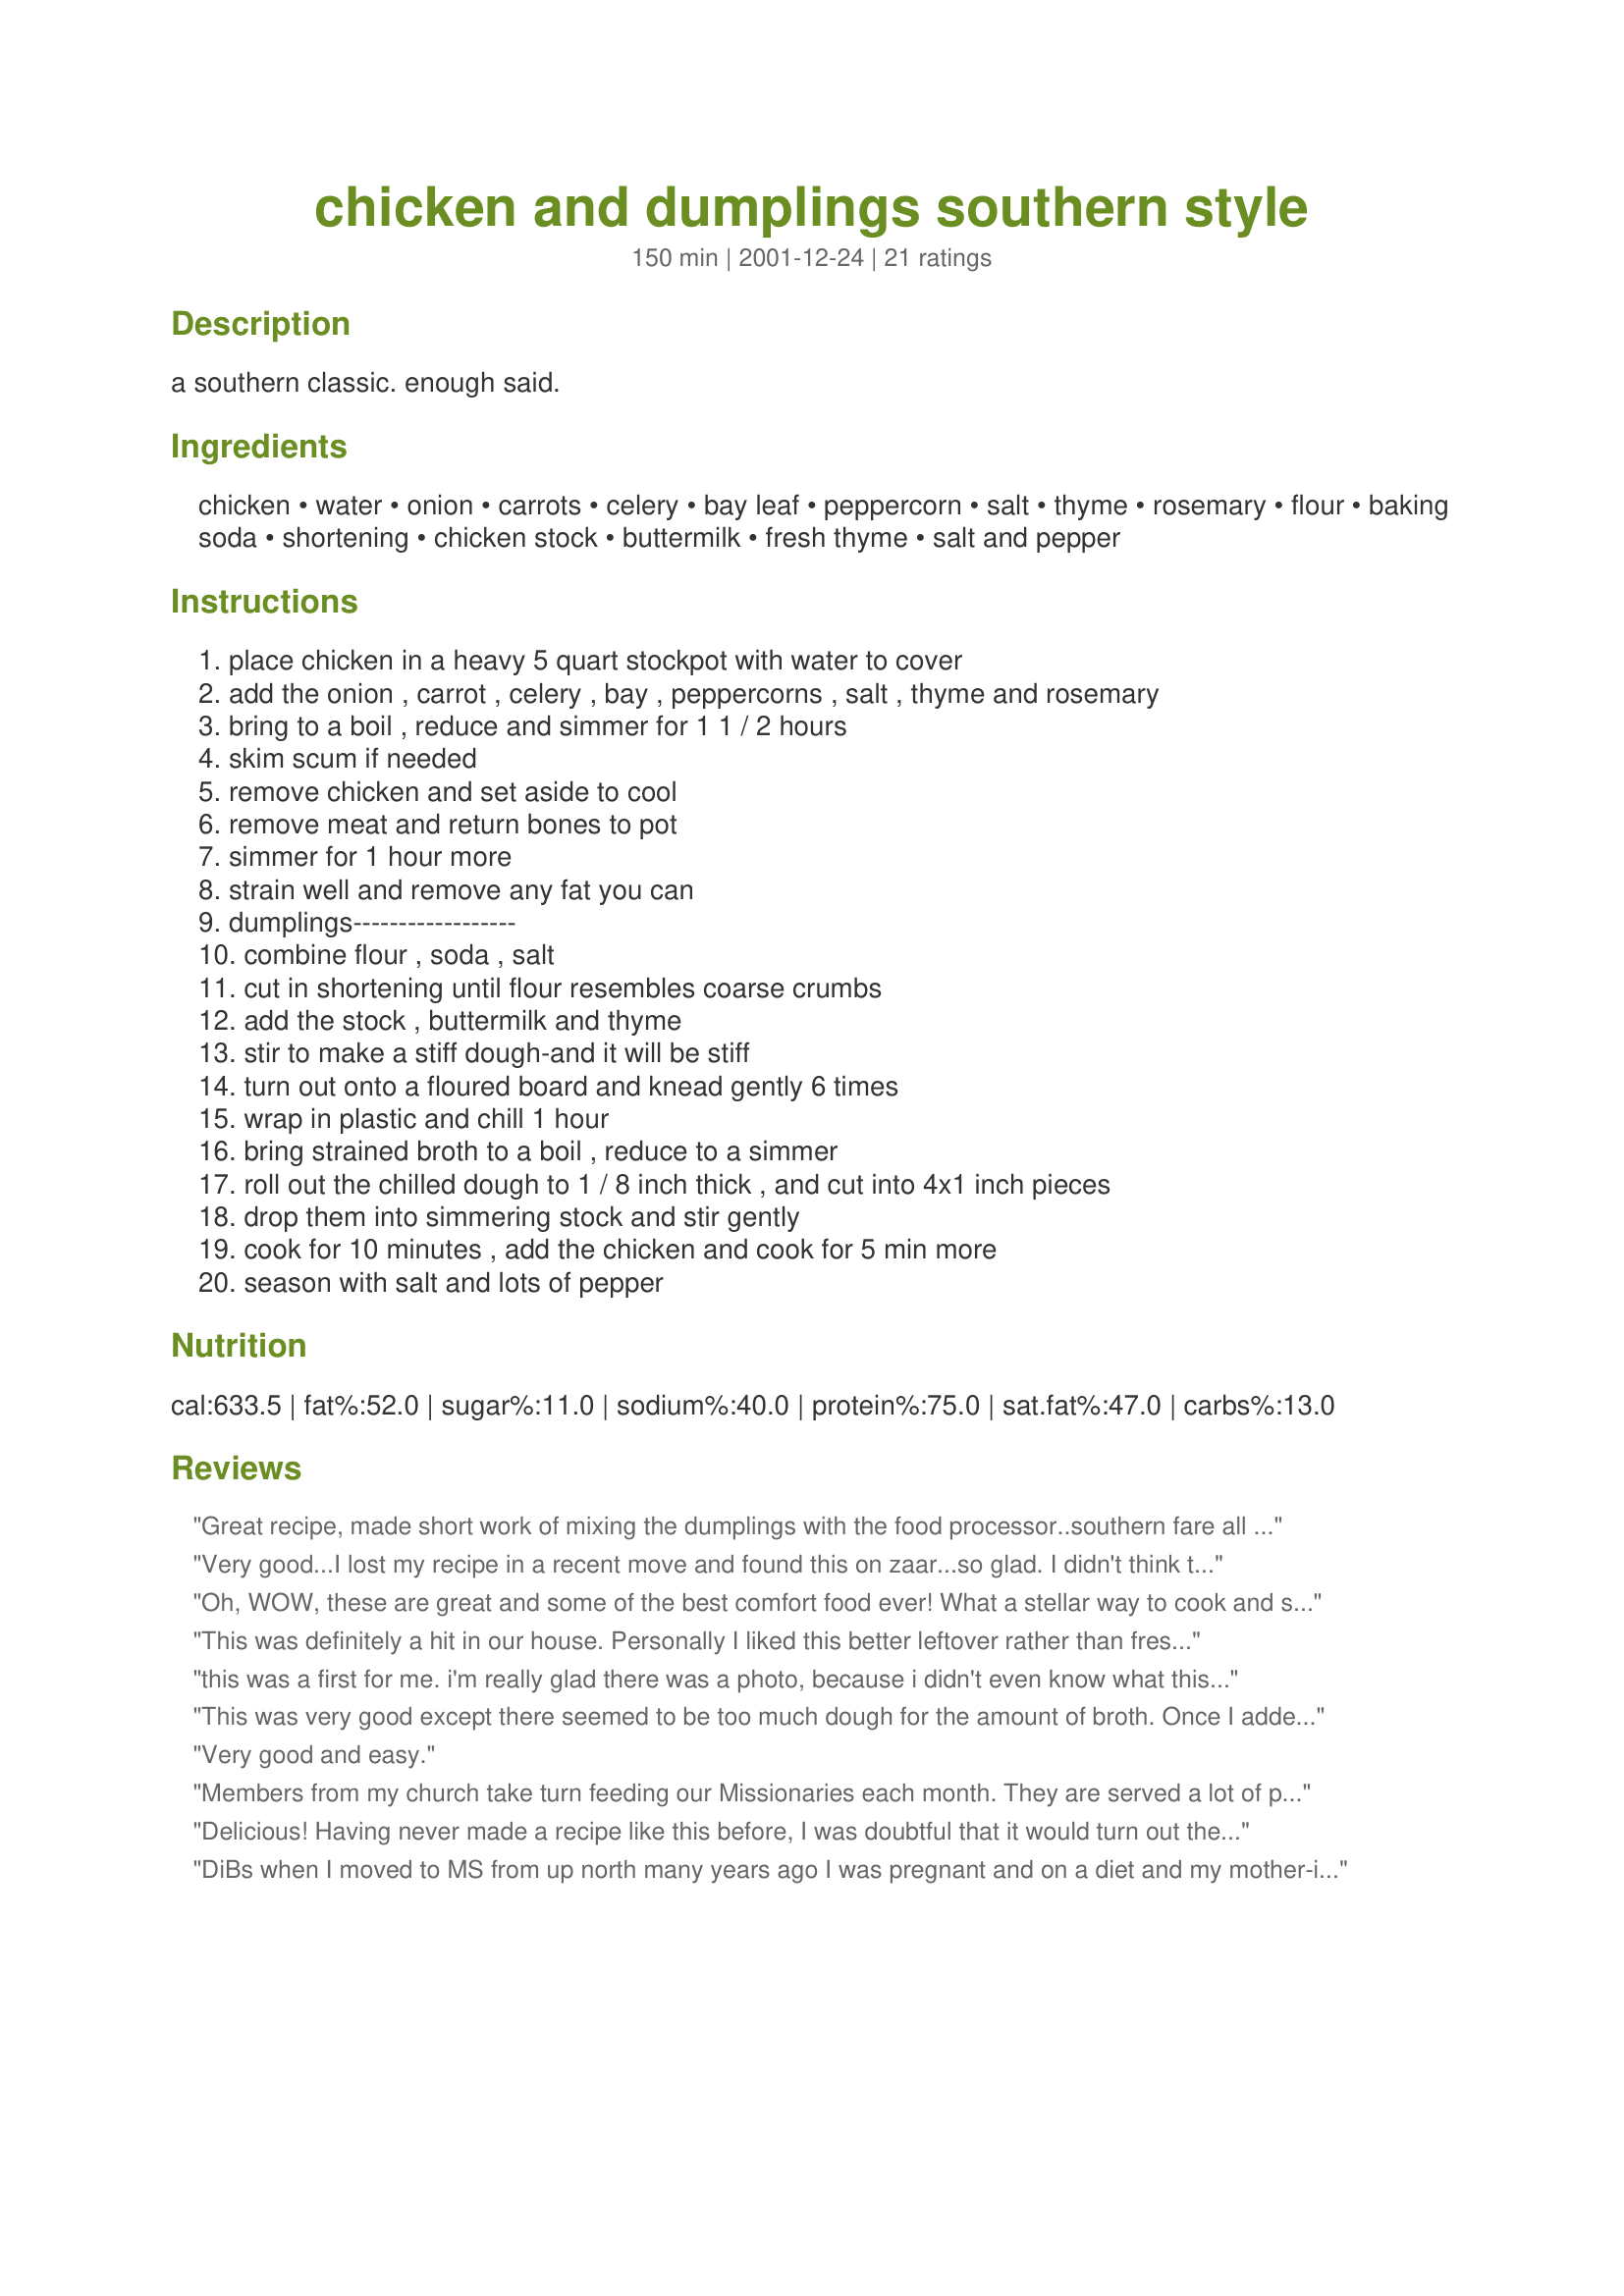
chicken and dumplings southern style
Preparation time: 150 minutes

a southern classic. enough said.

Ingredients:
chicken, water, onion, carrots, celery, bay leaf, peppercorn, salt, thyme, rosemary, flour, baking soda, shortening, chicken stock, buttermilk, fresh thyme, salt and pepper

Steps:
place chicken in a heavy 5 quart stockpot with water to cover, add the onion , carrot , celery , bay , peppercorns , salt , thyme and rosemary, bring to a boil , reduce and simmer for 1 1 / 2 hours, skim scum if needed, remove chicken and set aside to cool, remove meat and return bones to pot, simmer for 1 hour more, strain well and remove any fat you can, dumplings------------------, combine flour , soda , salt, cut in shortening until flour resembles coarse crumbs, add the stock , buttermilk and thyme, stir to make a stiff dough-and it will be stiff, turn out onto a floured board and knead gently 6 times, wrap in plastic and chill 1 hour, bring strained broth to a boil , reduce to a simmer, roll out the chilled dough to 1 / 8 inch thick , and cut into 4x1 inch pieces, drop them into simmering stock and stir gently, cook for 10 minutes , add the chicken and cook for 5 min more, season with salt and lots of pepper

Reviews:
Great recipe, made short work of mixing the dumplings with the food processor..southern fare all the way....
Very good...I lost my recipe in a recent move and found this on zaar...so glad. I didn't think the dumpling were chewy I just thought they are typical southern. Most good rolled dumpling here in the south have this texture, Thanks so much!
Oh, WOW, these are great and some of the best comfort food ever! What a stellar way to cook and season the chicken and broth: everyone should take lessons from this! The dumplings are just as good, just the way I love them. The only thing I changed in the recipe was to halve the dumpling recipe because the broth cooked down so much. A little work for a lot of reward - this is a permanent keeper! Thank you for sharing the recipe and the method.
This was definitely a hit in our house. Personally I liked this better leftover rather than freshly made. As other reviewers indicated, the amount of time needed is closer to 4+ hours so plan ahead. Additionally there is quite a bit of dumpling dough so plan to add extra broth or water. The two quarts of water was not nearly enough by the time it all cooked down. My husband raved about this dish and said it most closely resembled his mother's. I can't ask for more than that!
this was a first for me. i'm really glad there was a photo, because i didn't even know what this was supposed to look/taste like! my Lady says it was marvellous, and [other than my using unbleached, stone ground wheat flour for the dumplings] tasted just like She remembered from Her mother! :D so it gets 2 votes for 5 stars. it was a lot more work than anything i had previously cooked on my own, but wow, was it worth it! this was totally awesome! i've got a gallon Ziploc full in the freezer for next time, and i know i'll be making this again!
This was very good except there seemed to be too much dough for the amount of broth. Once I added more broth it was OK. I think that is why the dumplings seemed chewy rather than tender. My Dear Hubby said they were the best tasting he'd ever had to eat.
Very good and easy.
Members from my church take turn feeding our Missionaries each month. They are served a lot of pasta so I like to choose something different. I chose this particular recipe because of the herbs, which I grow in my garden. I was able to pick the thyme and rosemary to use as needed. This recipe was absolute delicious! My children LOVED it. We all left the table feeling very well satisfied. - Thank you!
Delicious! Having never made a recipe like this before, I was doubtful that it would turn out the right way, but it was delicious and easy to make. The seasoning was perfect; don't forget to add the salt and pepper at the end as suggested. Because my family wanted thicker broth, I removed the chicken and dumplings and added a little Bisquick to the broth, at the end.
DiBs when I moved to MS from up north many years ago I was pregnant and on a diet and my mother-in-law fixed my first southern dumplings. OMG I loved them. My doctor didn't. I tried for years to make them. Couldn't get it down. Well after about 40 years in the south I finally feel like a true Southerner. OMG are they good. And there goes the diet--again. Gloria
see my posted comments, it's a meal in itself, this is my favorite childhood recipe that I finally rediscovered. The combined prep and cooking time is more like 3.5-4 hours depending how attentive you are to it. It's a great pot of soup to make on the woodstove and make the house smell so good. It's definitely worth the time to make! Thanks again, Di!
Fantastically simple and delicious at the same time! Really comforting. I did add milk to my broth to make it creamier. I also left my veggies in. Too much chicken though. But I can always pick that out and make chicken salad or something else. Thanks.
For anyone not from the South who wants to try REAL Chicken and Dumplings, try this recipe! Delicious! I've put off making Chicken and Dumplings up here in Chicago because the stores don't carry the frozen dumplings (like Mary Jane brand) like they do in Georgia, where my grandmother-in-law taught me how to make this soul-warming dish. But this recipe was just the thing to get me making the dumplings at home - perfect! I did have to add about 2 cups extra broth to handle all of the dumplings, but who can complain about TOO MANY dumplings? Not me! And the fresh thyme in the dough - what a fantastic touch!
(for the northerners trying this for the first time, add the dumplings a few at a time rather than pouring the whole batch in at once so that they don't clump together. The extra flour on the dumpling surface will thicken the broth into a perfect gravy as it cooks!)
I agree with FB. This is one of the best true Southern recipes. Light and fluffy dumplings!!! I added some sage and poultry seasoning to the broth, then towards the end I added heavy cream to the broth to keep the dumplings from sticking to each other. This displaced Georgia Belle thanks you.
OMG! This was SO good! The best chicken and dumplings I have ever had. And boiling the whole chicken sure makes a difference. The only change I had to do was to mix some cornstarch with cooled broth to thicken it up a bit for my taste. Other than that...Holy cow this stuff was great! Comfort food at its finest! A little time consuming to make but so worth it! Just a note that the dumplings look almost too dry when your rolling them out but they turn out awesome once in the pot!
A new recipe to add to my favorite recipes book !!! This was GREAT !! I did not add the thyme called for, but followed everything else. The dumplings were tender and flavorful. The end result was the perfect cold weather dish, YUM !!!
Awesome C&D. It did take a little longer to make than stated but I don't care. The outcome was perfect. I loved the rosemary in this. Would never have thought of that one. I made as directed except I cut my dumplings into about 1X1 inch pieces and they cooked up fine. This is the first time I've made rolled out dumplings and I liked them. The dough was kinda hard to get together but I did okay with it. Rolled out nicely. It is Very Stiff. Thanks Di for a wonderful meal.
Great recipe! Very easy to make. Next time I will cut the dumplings smaller. They took longer than suggested to cook and were a little chewy, rather than tender.
I didn't know what to expect, I just knew I wanted to try some classic Southern food. I liked your recipe, because it called for fresh herbs. I followed the directions to a "T" and the result was delicious. I think I'm turning into a Southerner!
Wonderful southern chicken and dumplings, My partners daughter took two big tubs out of town with her today as well as inhaling it yesterday. Loved by all
Excellent. I also used my food processor for the dumplings. Delish.
